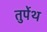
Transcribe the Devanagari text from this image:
तुर्पेथ